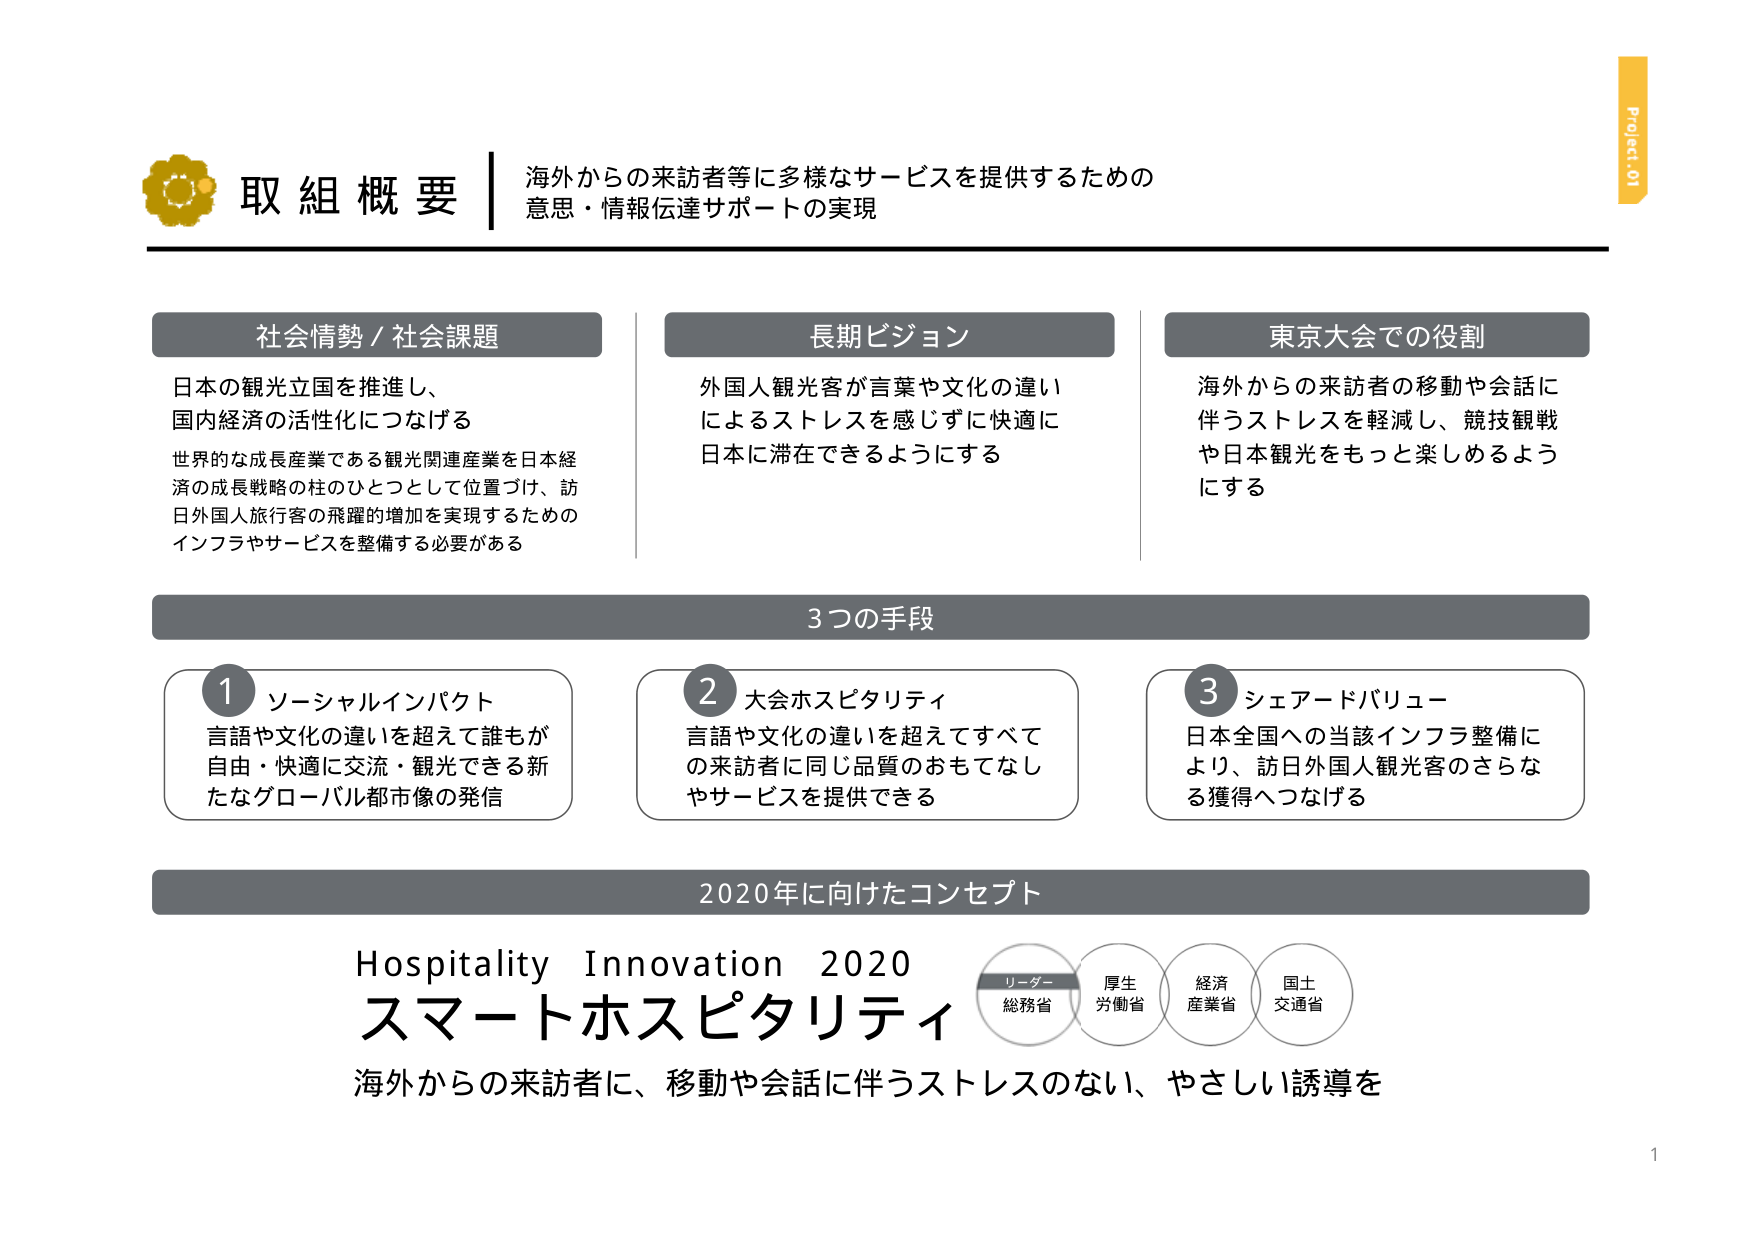
取組概要
海外からの来訪者等に多様なサービスを提供するための
意思・情報伝達サポートの実現

社会情勢／社会課題
日本の観光立国を推進し、
国内経済の活性化につなげる
世界的な成長産業である観光関連産業を日本経済の成長戦略の柱のひとつとして位置づけ、訪日外国人旅行客の飛躍的増加を実現するためのインフラやサービスを整備する必要がある

長期ビジョン
外国人観光客が言葉や文化の違いによるストレスを感じずに快適に日本に滞在できるようにする

東京大会での役割
海外からの来訪者の移動や会話に伴うストレスを軽減し、競技観戦や日本観光をもっと楽しめるようにする

3つの手段

1 ソーシャルインパクト
言語や文化の違いを超えて誰もが自由・快適に交流・観光できる新たなグローバル都市像の発信

2 大会ホスピタリティ
言語や文化の違いを超えてすべての来訪者に同じ品質のおもてなしやサービスを提供できる

3 シェアードバリュー
日本全国への当該インフラ整備により、訪日外国人観光客のさらなる獲得へつなげる

2020年に向けたコンセプト
Hospitality Innovation 2020
スマートホスピタリティ
海外からの来訪者に、移動や会話に伴うストレスのない、やさしい誘導を

リーダー
総務省
厚生労働省
経済産業省
国土交通省

Project 01
1